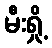
မီးရှို့